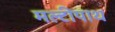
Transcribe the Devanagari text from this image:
मल्टीपाथ